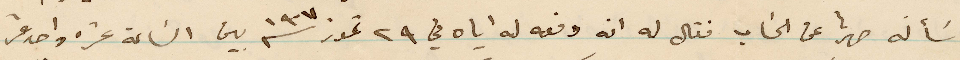
سأله صهرنا عن الحساب فقا له انه دفعه له إياه في ٢۹ تموز ١۹٠٧ بين الساعة عشره واحدى عشر